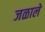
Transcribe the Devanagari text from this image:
जळाले